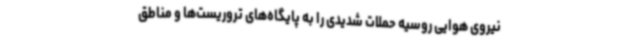
نیروی هوایی روسیه حملات شدیدی را به پایگاه‌های تروریست‌ها و مناطق